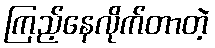
ကြည့်နေလိုက်တာတဲ့